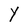
Character: y